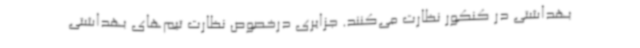
بهداشتی در کنکور نظارت می‌کنند. جزایری درخصوص نظارت تیم‌های بهداشتی